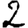
Digit: 2